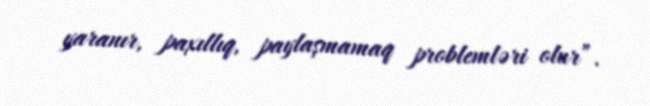
yaranır, paxıllıq, paylaşmamaq problemləri olur”.